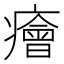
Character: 癐